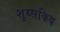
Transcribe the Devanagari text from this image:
शुय्सकिय